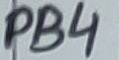
Text: PB4